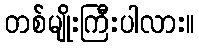
တစ်မျိုးကြီးပါလား။